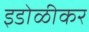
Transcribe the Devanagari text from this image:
इडोळीकर